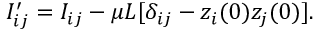
\begin{array} { r } { I _ { i j } ^ { \prime } = I _ { i j } - \mu L [ \delta _ { i j } - z _ { i } ( 0 ) z _ { j } ( 0 ) ] . } \end{array}